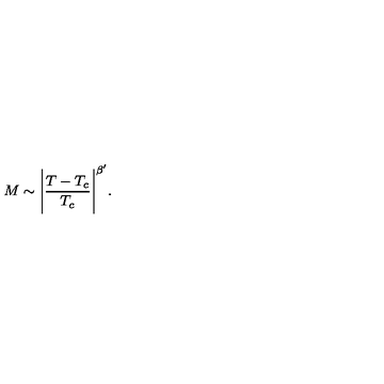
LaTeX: M \sim \Bigg | \frac { T - T _ { c } } { T _ { c } } \Bigg | ^ { \beta ^ { \prime } } .